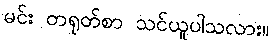
မင်း တရုတ်စာ သင်ယူပါသလား။